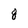
Character: 8